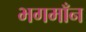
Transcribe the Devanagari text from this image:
भगमाँन